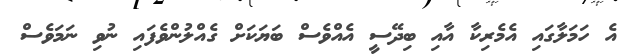
އެ ހަމަލާގައި އެމެރިކާ އާއި ބިދޭސީ އެއްވެސް ބަޔަކަށް ގެއްލުންވެފައި ނުވި ނަމަވެސް